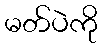
မတ်ပဲကို